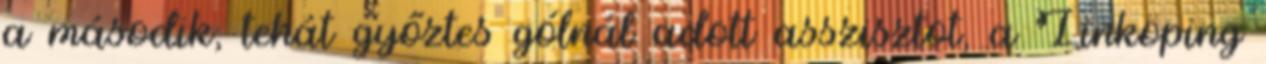
a második, tehát győztes gólnál adott asszisztot, a Linköping